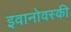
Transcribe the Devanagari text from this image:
इवानोवस्की